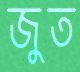
জুত